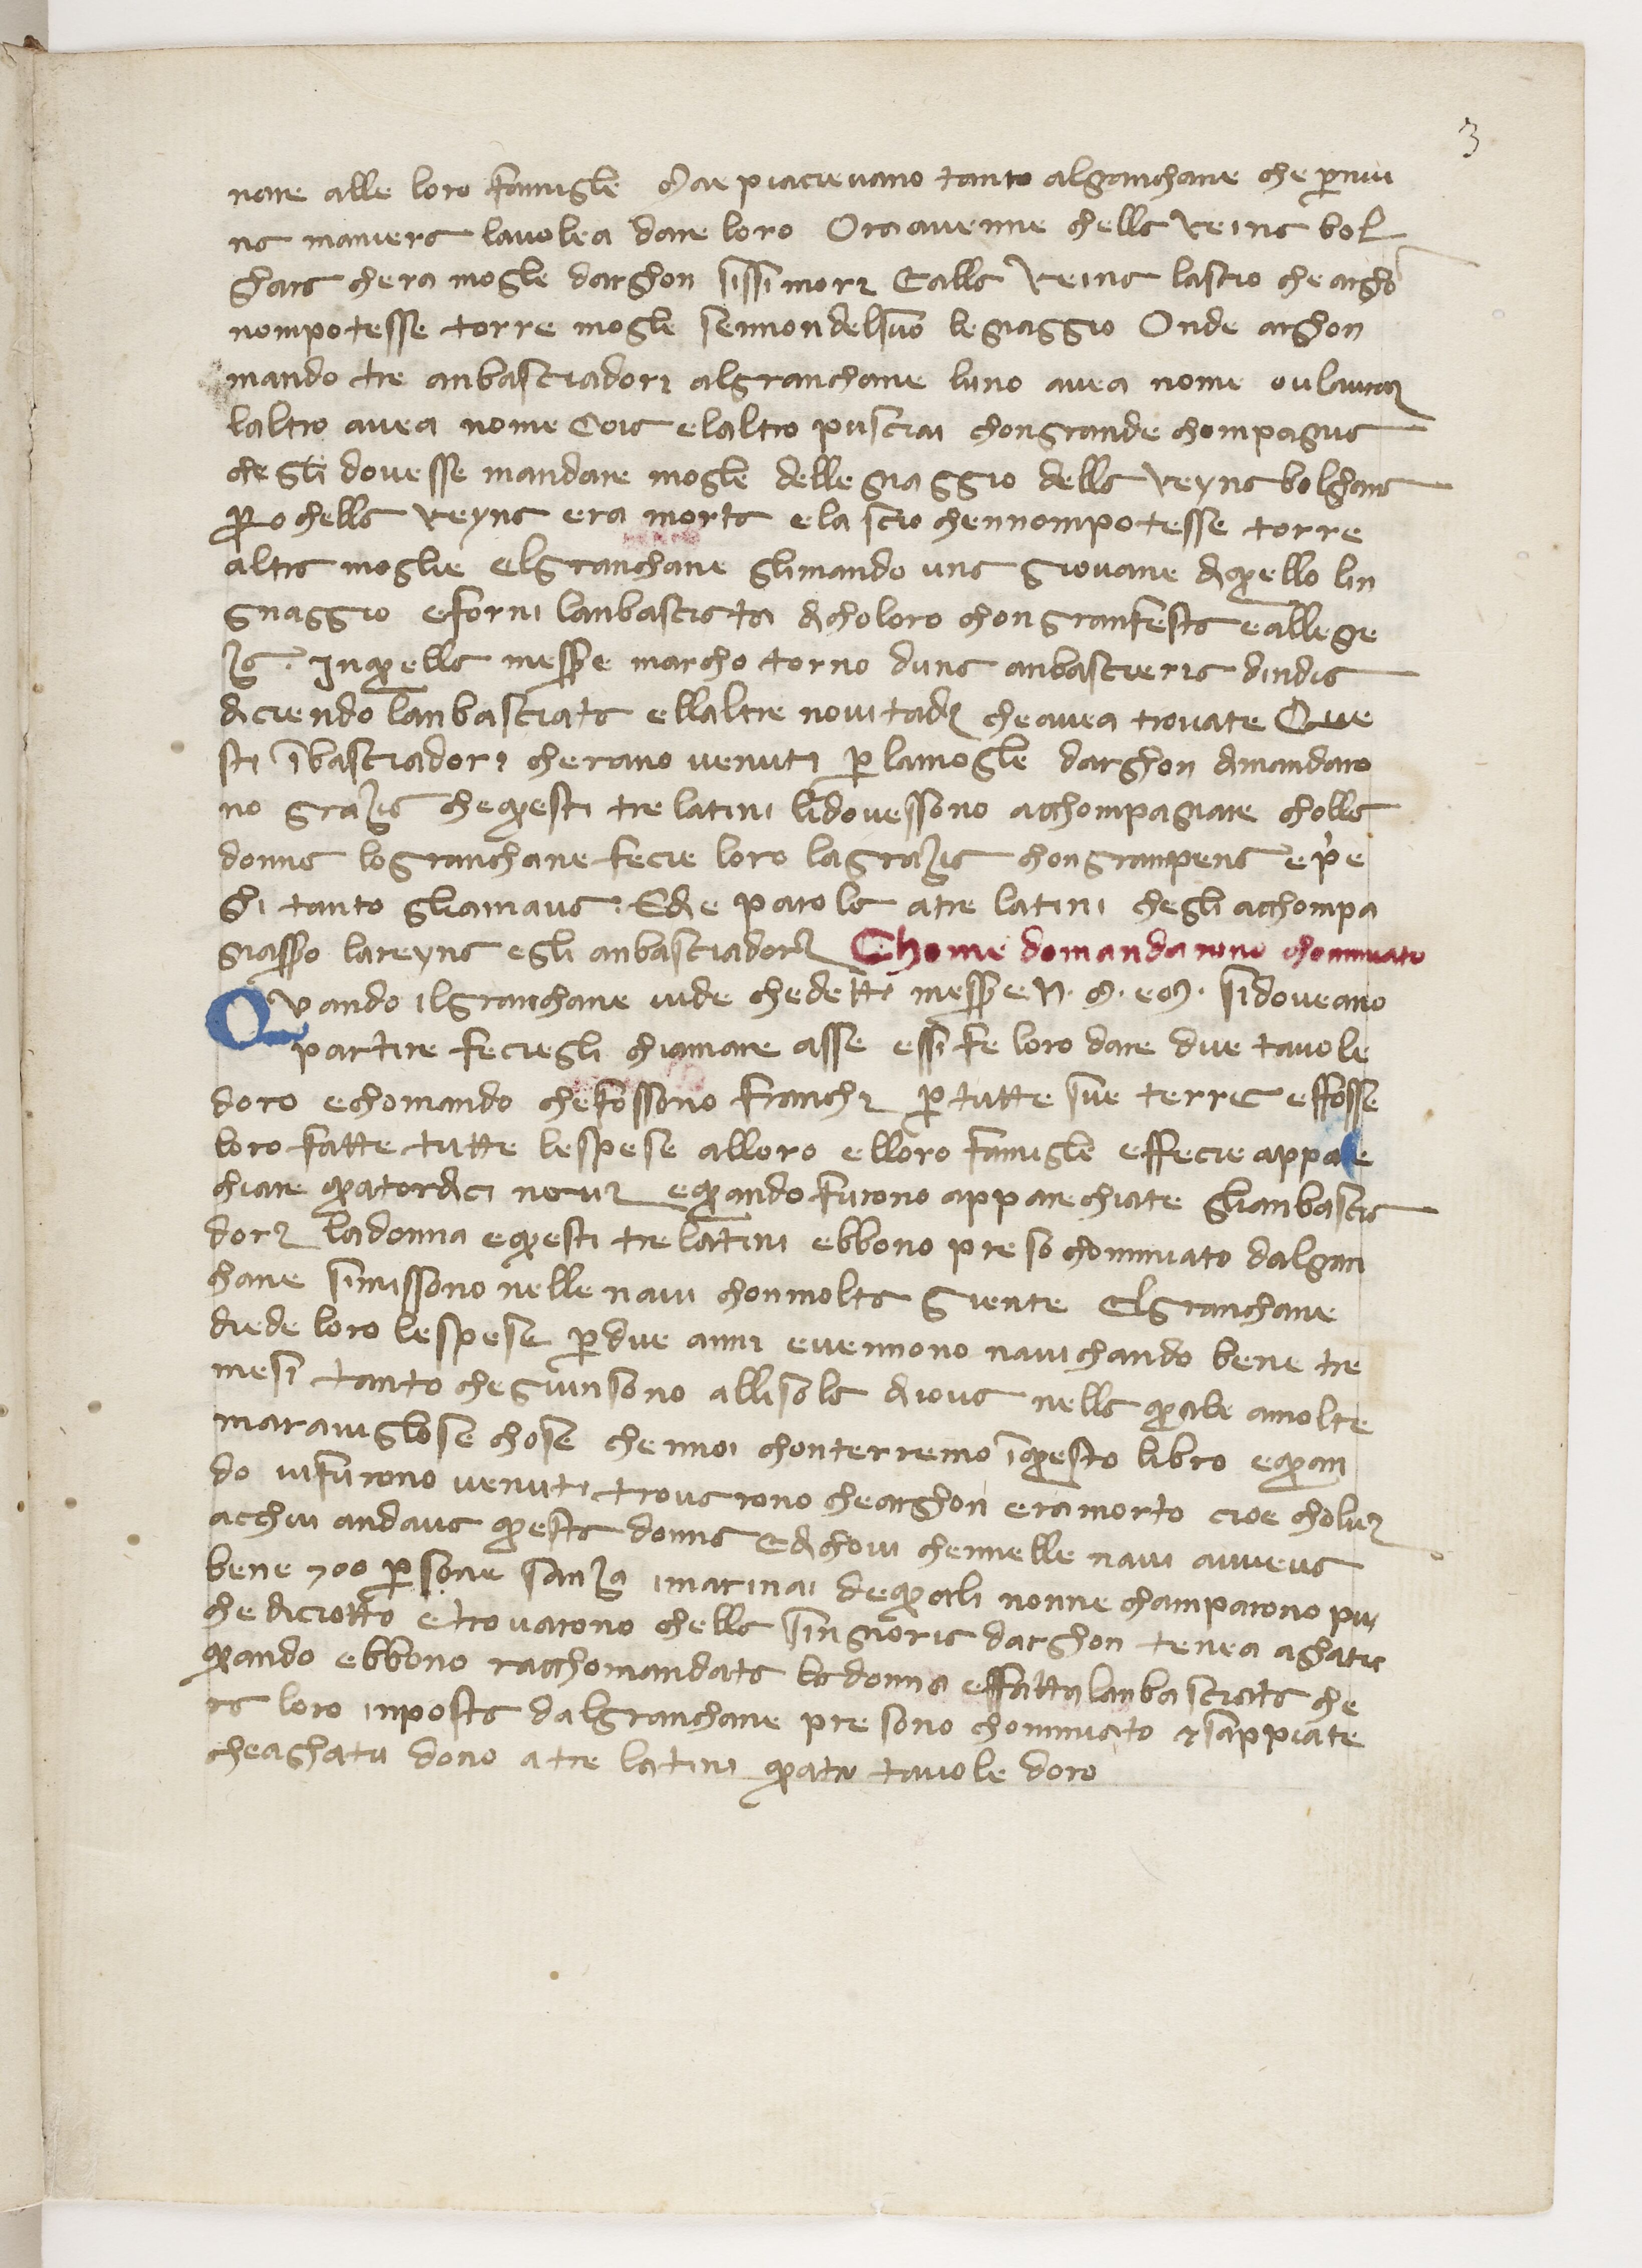
Shelfmark: Paris, BnF, ita. 434
Century: 14